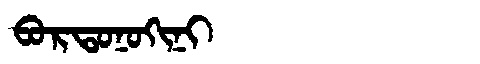
Manchu: ᠪᠣᡵᡨᠣᠨᠣᡴᡳᠨᡳ
Romanization: BORTONOKINI